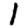
Digit: 1